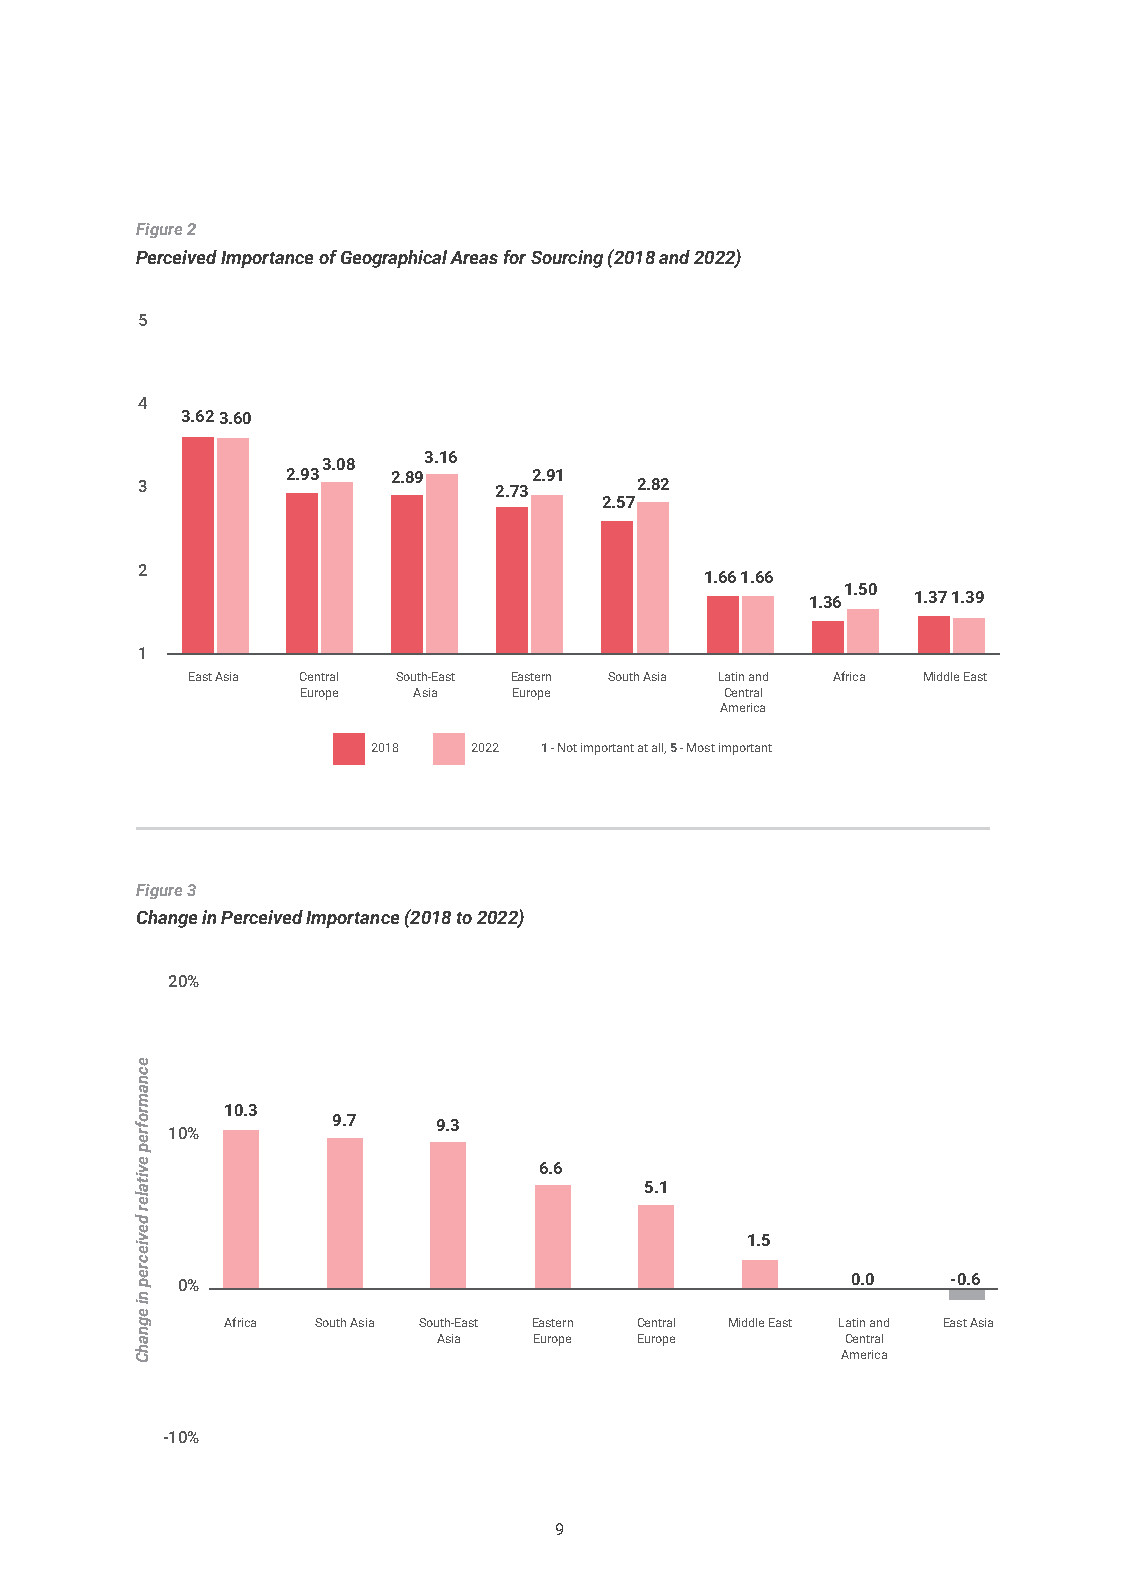
Figure 2
 Perceived Importance of Geographical Areas for Sourcing (2018 and 2022)
 5
 4
 3.623.60
 3.16
 3.08
 3         2.93   2.89     2.91   2.82
 2.73
 2.57
 2
 1.661.66
 1.50
 1.36   1.371.39
 1
 East Asia Central South-East Eastern South Asia Latin and Africa Middle East
 Europe Asia   Europe        Central
 America
 2018  2022 1 - Not important at all, 5 - Most important
 Figure 3
 Change in Perceived Importance (2018 to 2022)
 20%
 10.3
 10%        9.7    9.3
 6.6
 5.1
 1.5
 0%                                          0.0    -0.6
 Africa South Asia South-East Eastern Central Middle East Latin and East Asia
 Asia  Europe Europe        Central
 America
 -10%
 9
 ecnamrofrep
 evitaler
 deviecrep
 ni
 egnahC